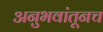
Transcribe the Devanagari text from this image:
अनुभवांतूनच